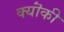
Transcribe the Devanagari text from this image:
क्यॊंकी